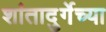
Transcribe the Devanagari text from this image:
शांतादुर्गेच्या